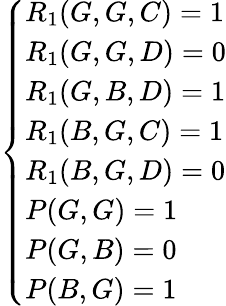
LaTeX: \begin{array}{r}{\left\{ \begin{array}{ll}{R_{1}(G,G,C)=1}\\ {R_{1}(G,G,D)=0}\\ {R_{1}(G,B,D)=1}\\ {R_{1}(B,G,C)=1}\\ {R_{1}(B,G,D)=0}\\ {P(G,G)=1}\\ {P(G,B)=0}\\ {P(B,G)=1}\end{array}\right.}\end{array}